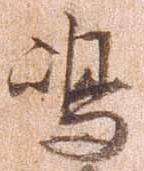
島